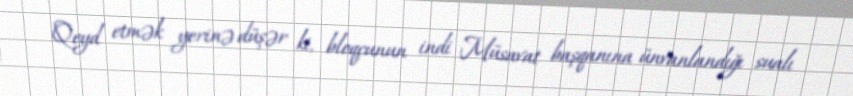
Qeyd etmək yerinə düşər ki, bloqçunun indi Müsavat başqanına ünvanlandığı sualı